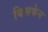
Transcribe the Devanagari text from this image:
बिसकेन